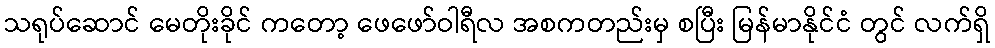
သရုပ်ဆောင် မေတိုးခိုင် ကတော့ ဖေဖော်ဝါရီလ အစကတည်းမှ စပြီး မြန်မာနိုင်ငံ တွင် လက်ရှိ